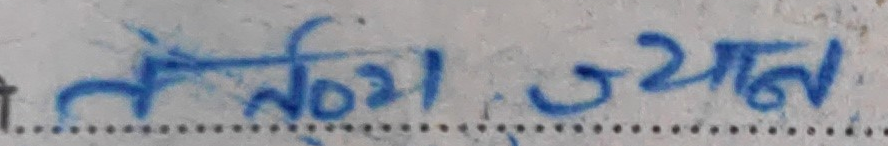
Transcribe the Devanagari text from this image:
लेक्चर ज्ञान